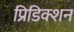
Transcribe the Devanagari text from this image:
प्रिडिक्शन